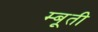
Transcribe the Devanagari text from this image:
म्बूती